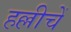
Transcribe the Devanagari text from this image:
हल्लीचें